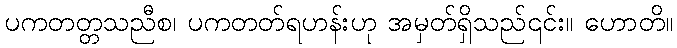
ပကတတ္တသညီစ၊ ပကတတ်ရဟန်းဟု အမှတ်ရှိသည်၎င်း။ ဟောတိ။